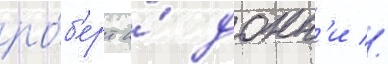
ро́б'ерт и́ донн'и //